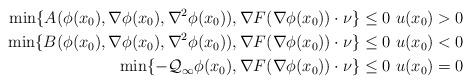
LaTeX: \begin{align*}\min\{A(\phi(x_0), \nabla\phi(x_0), \nabla^2 \phi(x_0)), \nabla F (\nabla \phi(x_0) )\cdot\nu\}\le 0 \ u(x_0)>0\\\min\{B(\phi(x_0), \nabla\phi(x_0), \nabla^2 \phi(x_0)), \nabla F (\nabla \phi(x_0) )\cdot\nu\}\le 0 \ u(x_0)<0\\\min\{-\mathcal{Q}_\infty \phi(x_0), \nabla F (\nabla \phi(x_0) )\cdot\nu \}\le0 \ u(x_0)=0\end{align*}